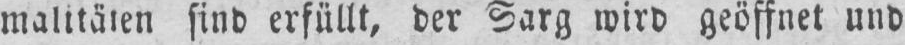
malitäten sind erfüllt, der Sarg wird geöffnet und